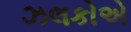
ઝલકોએ